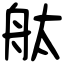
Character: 舦